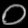
Digit: ၀